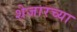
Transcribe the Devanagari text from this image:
शेजारच्‍या